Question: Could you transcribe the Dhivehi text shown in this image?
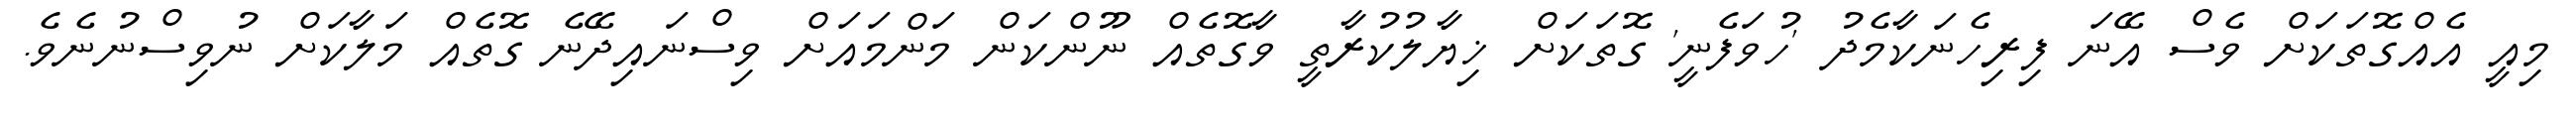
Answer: މިއީ އެއްގޮތަކަށް ވެސް އޭނަ ފިރިހެނަކާމެދު 'ހުވަފެނީ' ގޮތަކަށް ޚިޔާލުކުރާތީ ވާގޮތެއް ނޫންކަން މަންމައަށް ވިސްނައިދޭނެ ގޮތެއް މަލާކަށް ނުވިސްނުނެވެ.